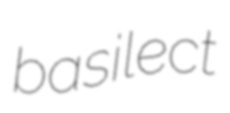
basilect